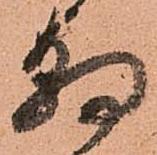
朝